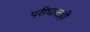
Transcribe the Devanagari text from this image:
परीघातही